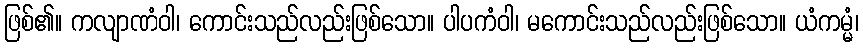
ဖြစ်၏။ ကလျာဏံဝါ၊ ကောင်းသည်လည်းဖြစ်သော။ ပါပကံဝါ၊ မကောင်းသည်လည်းဖြစ်သော။ ယံကမ္မံ၊